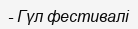
- Гүл фестивалі